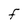
Character: F